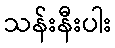
သန်းနီးပါး